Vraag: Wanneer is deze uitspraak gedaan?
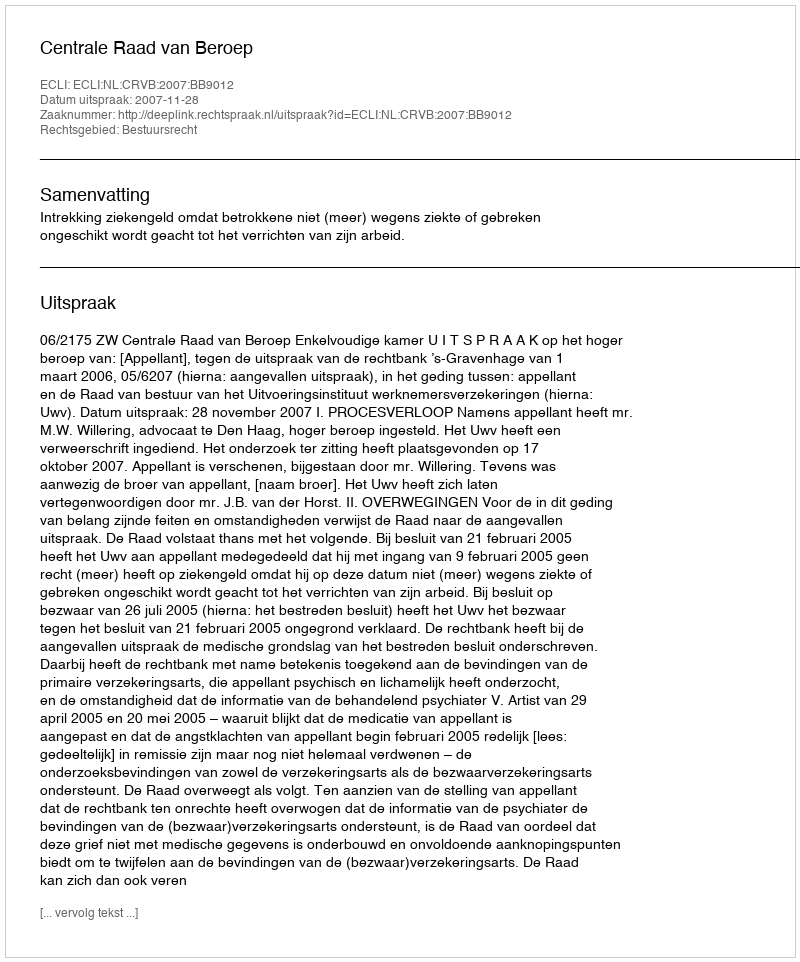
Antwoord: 2007-11-28